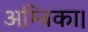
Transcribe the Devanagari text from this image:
अम्बिका।